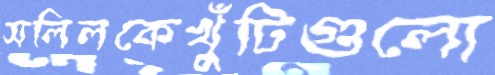
সলিলকেখুঁটিগুলো